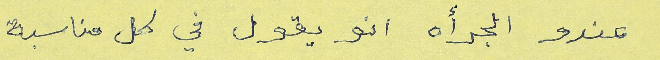
عندو الجرأة انو يقول في كل مناسبة